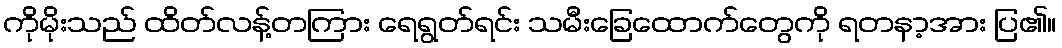
ကိုမိုးသည် ထိတ်လန့်တကြား ရေရွတ်ရင်း သမီးခြေထောက်တွေကို ရတနာ့အား ပြ၏။